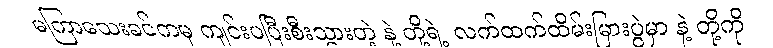
မကြာသေးခင်ကမှ ကျင်းပပြီးစီးသွားတဲ့ နဲ့ တို့ရဲ့ လက်ထက်ထိမ်းမြားပွဲမှာ နဲ့ တို့ကို